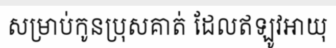
សម្រាប់កូនប្រុសគាត់ ដែលឥឡូវអាយុ